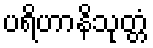
ပရိဟာနိသုတ္တံ